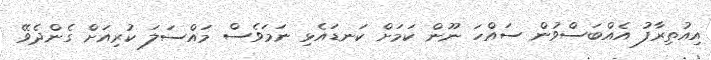
އިއުތިރާފު އެއްބަސްވުން ސައްހަ ނޫން ކަމަށް ކަނޑައެޅި ނަމަވެސް މައްސަލަ ކުރިއަށް ގެންދެވޭ